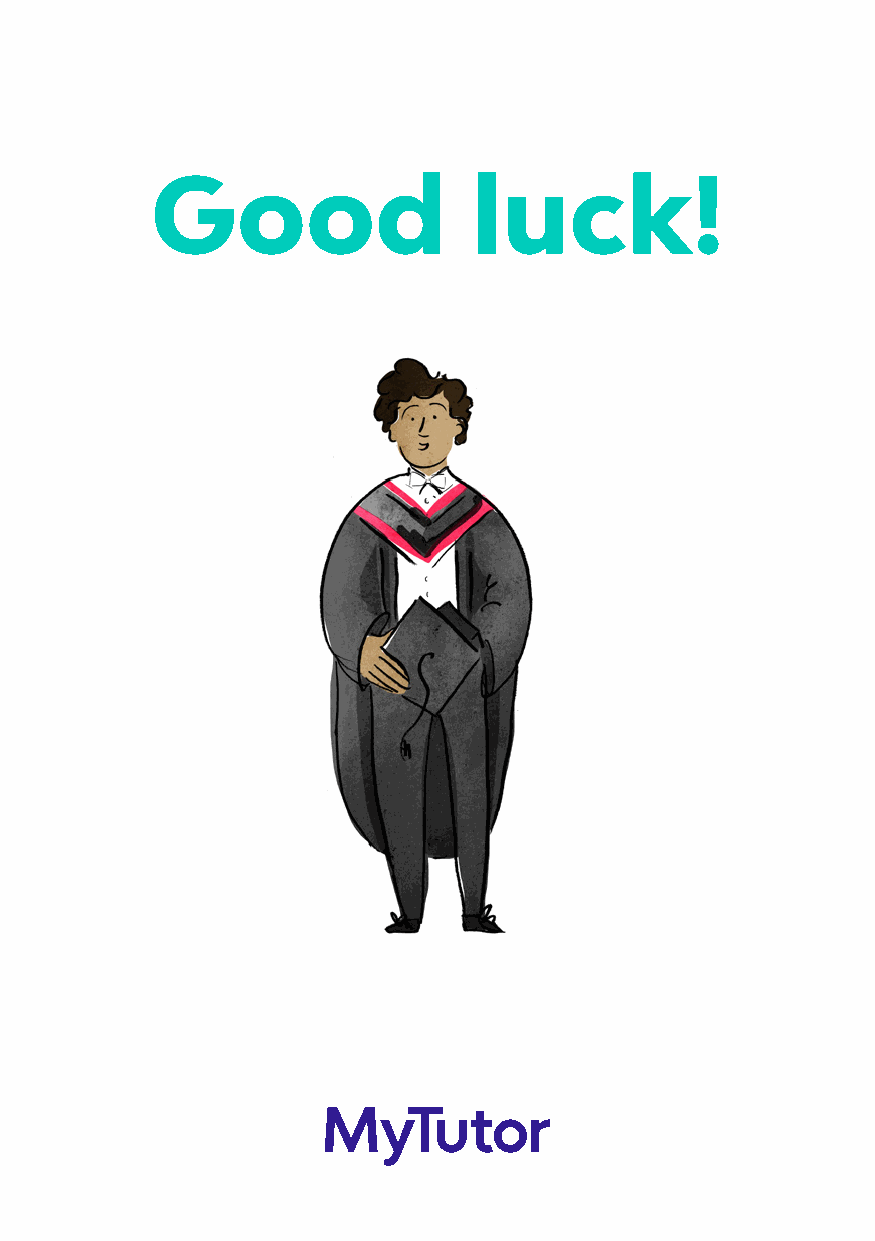
Good                 luck!
 12                 The MyTutor Guide to UCAS